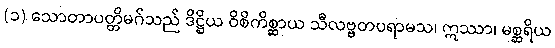
(၁) သောတာပတ္တိမဂ်သည် ဒိဋ္ဌိယ ဝိစိကိစ္ဆာယ သီလဗ္ဗတပရာမသ၊ ဣဿာ၊ မစ္ဆရိယ